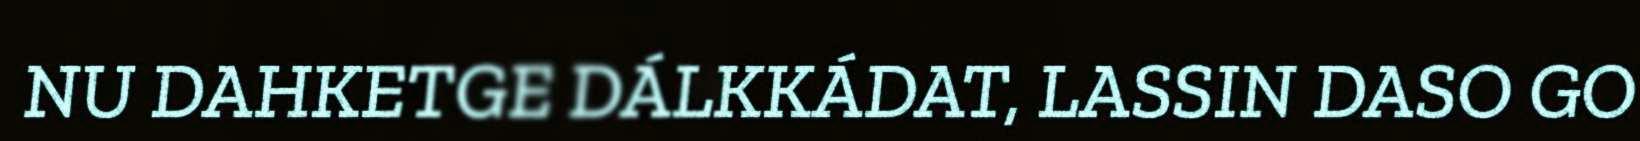
NU DAHKETGE DÁLKKÁDAT, LASSIN DASO GO